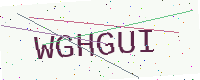
Text: WGHGUI